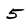
Character: 5